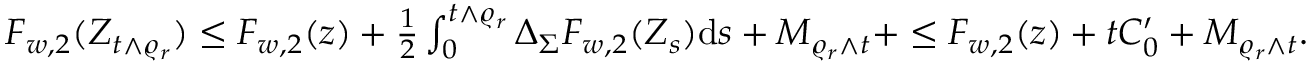
\begin{array} { r } { F _ { w , 2 } ( Z _ { t \wedge \varrho _ { r } } ) \leq F _ { w , 2 } ( z ) + \frac { 1 } { 2 } \int _ { 0 } ^ { t \wedge \varrho _ { r } } \Delta _ { \Sigma } F _ { w , 2 } ( Z _ { s } ) { \mathrm d } s + M _ { \varrho _ { r } \wedge t } + \leq F _ { w , 2 } ( z ) + t C _ { 0 } ^ { \prime } + M _ { \varrho _ { r } \wedge t } . } \end{array}